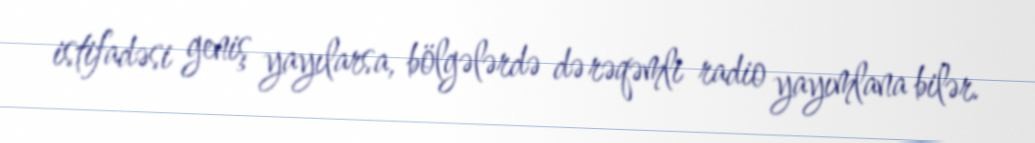
istifadəsi geniş yayılarsa, bölgələrdə də rəqəmli radio yayımlana bilər.